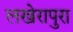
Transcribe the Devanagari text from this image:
लखेरापुरा